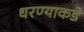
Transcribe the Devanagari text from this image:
धरण्याकडे